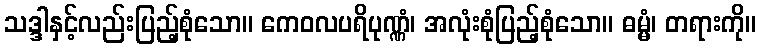
သဒ္ဒါနှင့်လည်းပြည့်စုံသော။ ကေဝလပရိပုဏ္ဏံ၊ အလုံးစုံပြည့်စုံသော။ ဓမ္မံ၊ တရားကို။